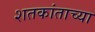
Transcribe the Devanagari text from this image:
शतकांताच्या